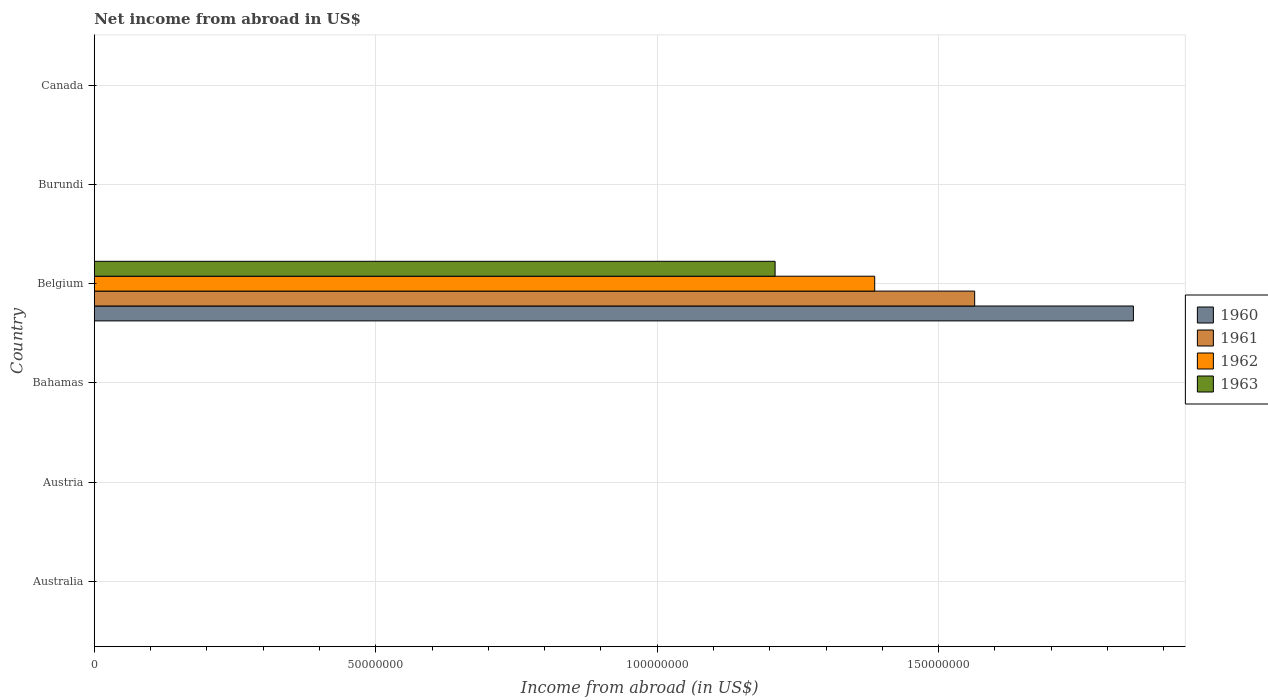
| Country | 1960 | 1961 | 1962 | 1963 |
 | --- | --- | --- | --- | --- |
 | Australia | -2.64e+08 | -2.62e+08 | -2.15e+08 | -2.82e+08 |
 | Austria | -8.55e+07 | -9.48e+07 | -1.01e+08 | -1.09e+08 |
 | Bahamas | -2.06e+07 | -2.31e+07 | -2.57e+07 | -2.88e+07 |
 | Belgium | 1.85e+08 | 1.56e+08 | 1.39e+08 | 1.21e+08 |
 | Burundi | -1.05e+08 | -1.09e+08 | -1.14e+08 | -1.24e+08 |
 | Canada | -6.13e+08 | -7.2e+08 | -7.69e+08 | -8.46e+08 |